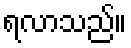
ရလာသည်။